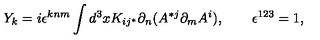
Y _ { k } = i \epsilon ^ { k n m } \int d ^ { 3 } x K _ { i j ^ { * } } \partial _ { n } ( A ^ { * j } \partial _ { m } A ^ { i } ) , \qquad \epsilon ^ { 1 2 3 } = 1 ,